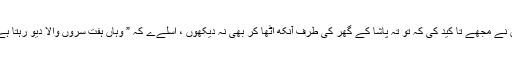
اس نے مجھے تا کید کی کہ تو تہ پاشا کے گھر کی طرف آنکھ اٹھا کر بھی نہ دیکھوں ، اسلےے کہ ” وہاں ہفت سروں والا دیو رہتا ہے“۔